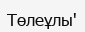
Төлеұлы'